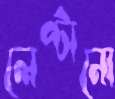
লেপ্টানো